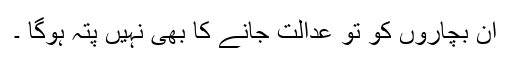
ان بچاروں کو تو عدالت جانے کا بھی نہیں پتہ ہوگا ۔